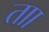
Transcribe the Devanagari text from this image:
ताा